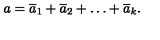
a = { \overline { a } _ { 1 } } + { \overline { a } _ { 2 } } + \ldots + { \overline { a } _ { k } } .